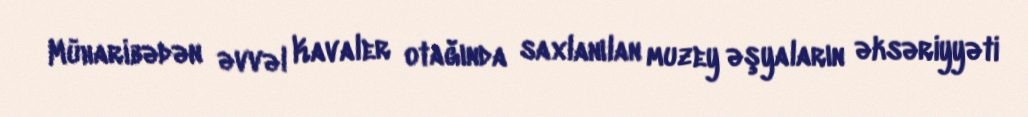
Müharibədən əvvəl Kavaler otağında saxlanılan muzey əşyaların əksəriyyəti